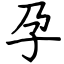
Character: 孕